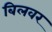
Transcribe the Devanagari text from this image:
बिलवर